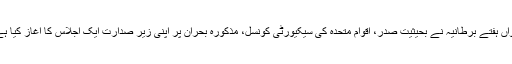
رواں ہفتے برطانیہ نے بحیثیت صدر، اقوامِ متحدہ کی سیکیورٹی کونسل، مذکورہ بحران پر اپنی زیرِ صدارت ایک اجلاس کا آغاز کیا ہے۔